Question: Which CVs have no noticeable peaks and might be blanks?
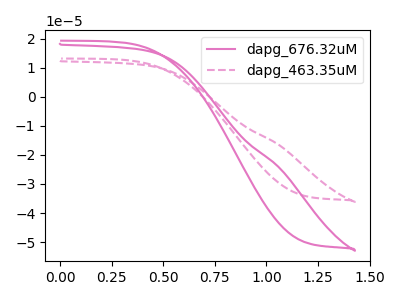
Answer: <think>The pink curve "dapg_676.32uM" has no peaks. The pink dashed curve "dapg_463.35uM" has no peaks.</think>
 <answer>"dapg_676.32uM" and "dapg_463.35uM" are likely to be blanks.</answer>
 <eval>"dapg_676.32uM", "dapg_463.35uM"</eval>